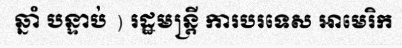
ឆ្នាំ បន្ទាប់ ) រដ្ឋមន្ត្រី ការបរទេស អាមេរិក